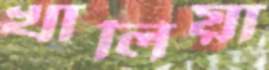
খালিয়া